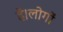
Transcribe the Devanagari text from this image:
है।लोगों